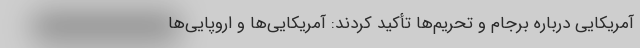
آمریکایی درباره برجام و تحریم‌ها تأکید کردند: آمریکایی‌ها و اروپایی‌ها